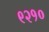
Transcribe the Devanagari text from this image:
९२१०